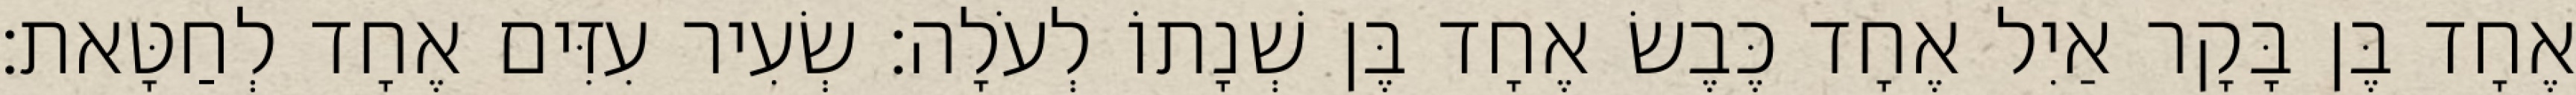
אֶחָד בֶּן בָּקָר אַיִל אֶחָד כֶּבֶשׂ אֶחָד בֶּן שְׁנָתוֹ לְעֹלָה׃ שְׂעִיר עִזִּים אֶחָד לְחַטָּאת׃